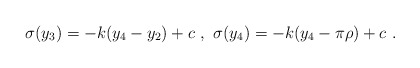
\begin{align*}\sigma (y_3) = - k ( y_4-y_2 )+ c ~,~ \sigma (y_4) = - k ( y_4- \pi \rho )+ c~.~\,\end{align*}